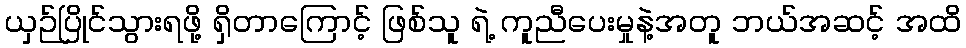
ယှဉ်ပြိုင်သွားရဖို့ ရှိတာကြောင့် ဖြစ်သူ ရဲ့ ကူညီပေးမှုနဲ့အတူ ဘယ်အဆင့် အထိ